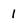
Character: 1